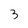
Character: 3